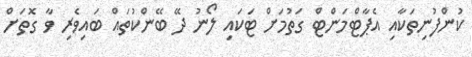
ކުންފުނިތަކާއި އެޕާޓްމަންޓް ގަތުމަށް ޓަކައި ލޯނު ދޭ ބޭންކުތައް ބައިވެރި ވާ ގޮތަށް